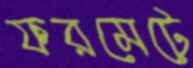
ফরমেটে